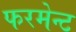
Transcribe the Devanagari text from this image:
फरमेन्ट